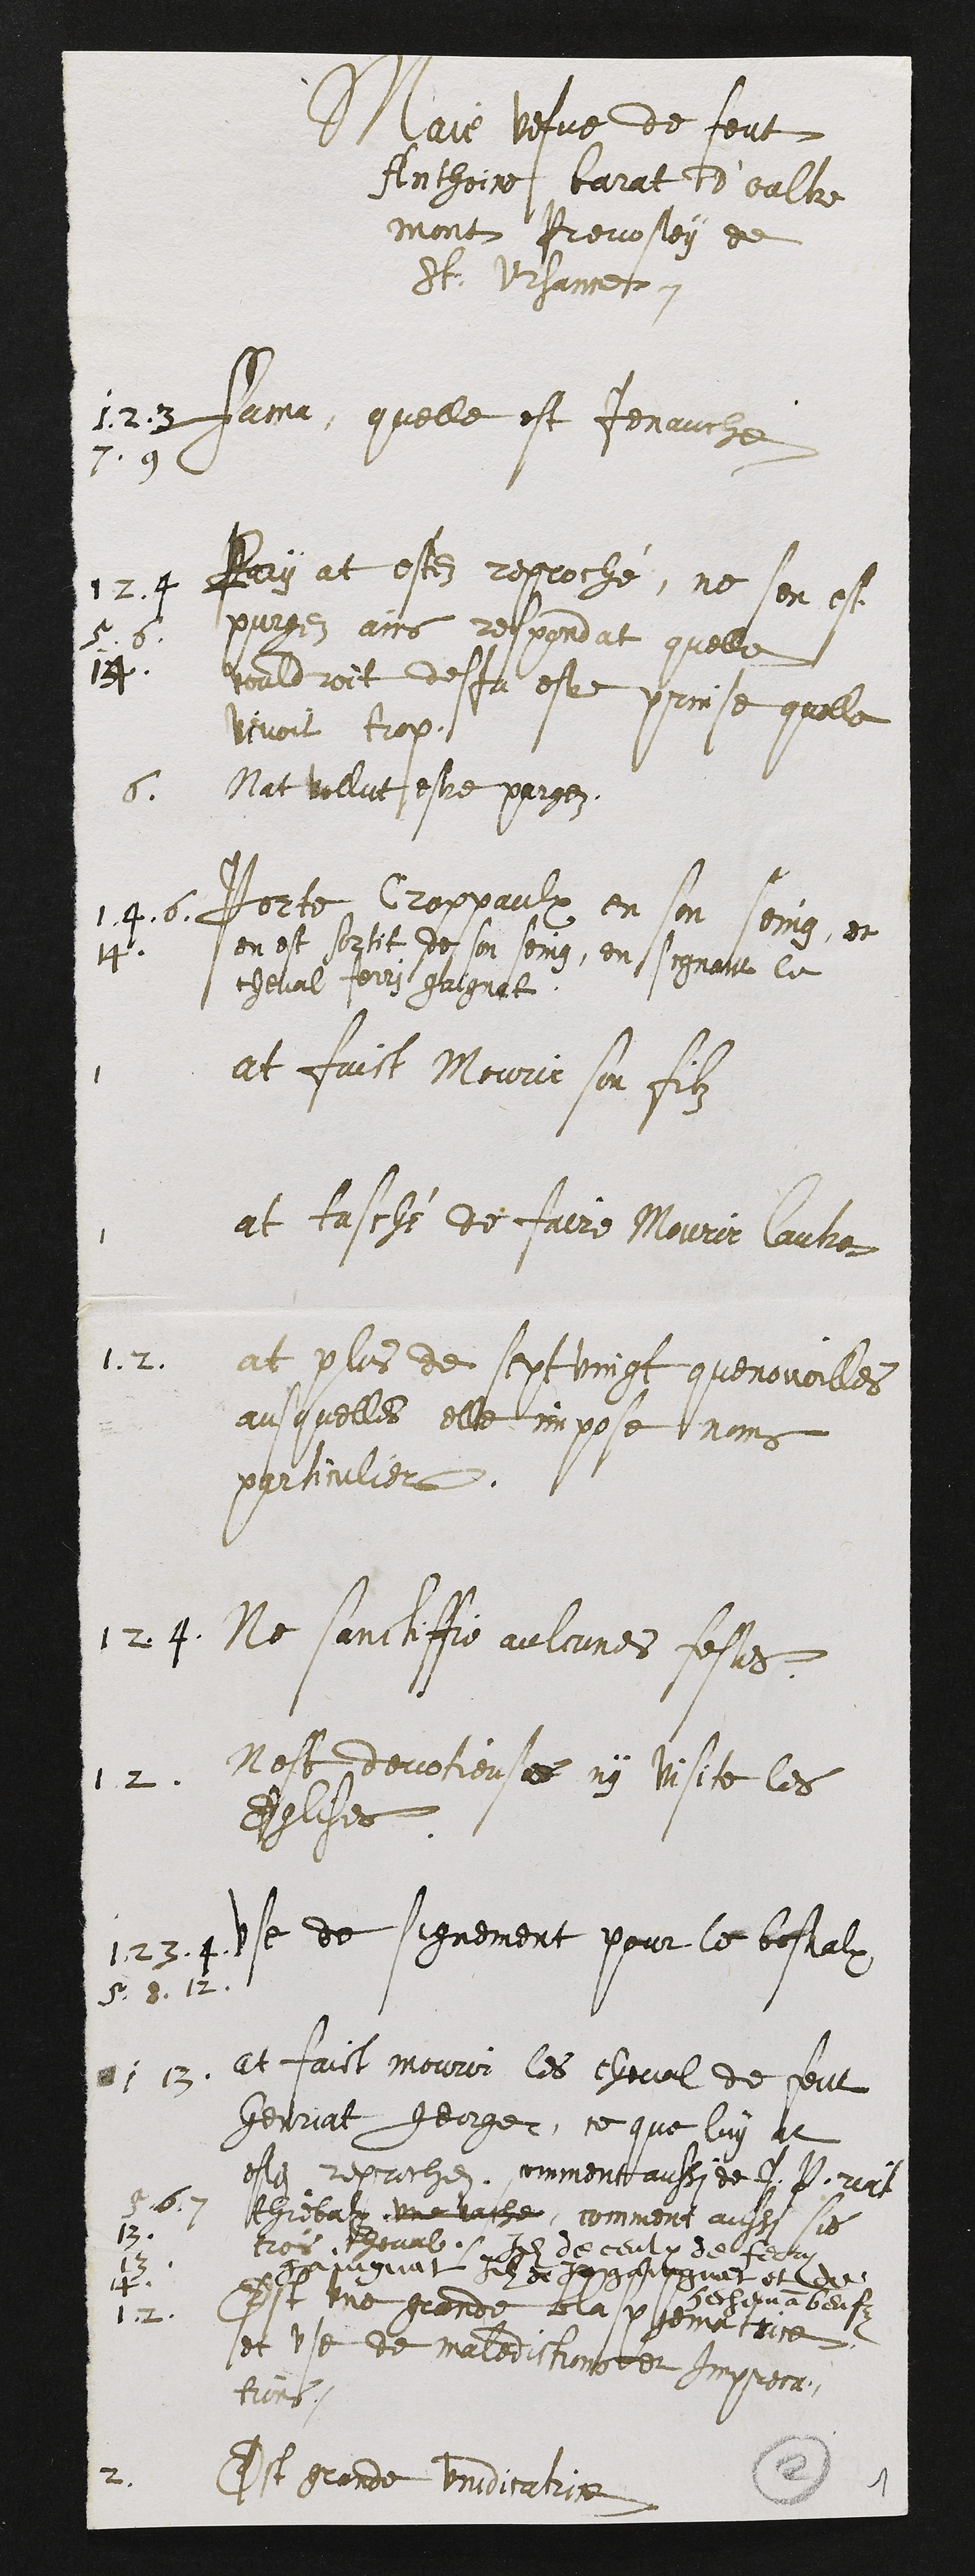
Marie vefve de feut
Anthoine barat d'oultre
mont Prevostey de
St: Ursanne

1. 2. 3
7. 9
Fama, quelle est jenauche
1 2. 4
5. 6.
14.
Pay at este reproché, ne sen est
purges ains respondat quelle
vouldroit desja estre prinse quelle
vivoit trop.
6.
Nat vollut estre purgez.
1. 4. 6.
14.
Porte Crappaulx en son seing, et
en est sortit de son seing, en signant le
cheval ferri gaignat.
1
at faict mourir son filz
1
at tasché de faire Mourir lautre
1. 2.
at plus de sept vingt quenouoilles
ausquelles elle impose noms
particuliers.
1 2. 4.
Ne sanctiffie aulcunes festes.
1 2.
Nest devotieuse ny visite les
Eglises.
1. 2 3. 4.
5. 8. 12.
Use de signement pour le bestialx
1 13.
at faict mourir les cheval de feut
Henriat georges, ce que luy at
este reproche. Comment aussi de J. P. riat
5. 6 .7
13.
13.
14.
thiebalx. Une vache, comment aussi les
trois cheval. Idem de ceulx de ferry
gaingnat Idem de  J. gaingnat et de
Hechmann Beufz
1. 2.
Est une grande blasphematrice
et use maledictions et Impreca-
tions.
2.
Est grande vindicatrice